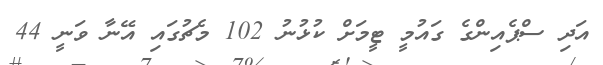
އަދި ސްޕެއިންގެ ގައުމީ ޓީމަށް ކުޅުނު 102 މެޗުގައި އޭނާ ވަނީ 44